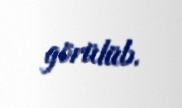
görülüb.